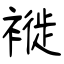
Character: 褷